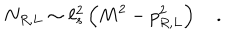
LaTeX: N _ { R , L } \sim \ell _ { s } ^ { 2 } \left( M ^ { 2 } - p _ { R , L } ^ { 2 } \right) \quad .